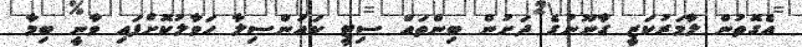
އެގޮތުން ލާމަރުކަޒީ ގާނޫނުގެ ދަށުން ބިންތައް ސިޓީ ކައުންސިލާ ހަވާލުކޮށްފައި ވާނީ ބިމާ